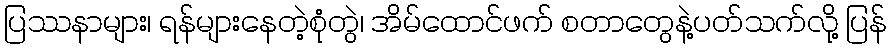
ပြဿနာများ၊ ရန်များနေတဲ့စုံတွဲ၊ အိမ်ထောင်ဖက် စတာတွေနဲ့ပတ်သက်လို့ ပြန်